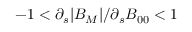
- 1 < \partial _ { s } | B _ { M } | / \partial _ { s } B _ { 0 0 } < 1